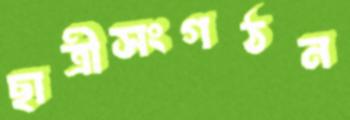
ছাত্রীসংগঠন